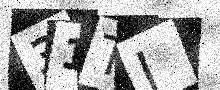
Text: 31TJ